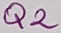
Text: Q2